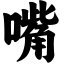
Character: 嘴